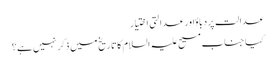
عدالت پردباؤاور عدالتی اختیار
کیا جناب مسیح علیہ السلام کا تاریخ میں ذکر نہیں ہے؟